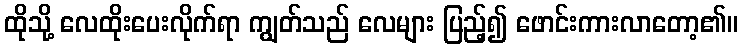
ထိုသို့ လေထိုးပေးလိုက်ရာ ကျွတ်သည် လေများ ပြည့်၍ ဖောင်းကားလာတော့၏။